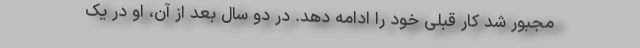
مجبور شد کار قبلی خود را ادامه دهد. در دو سال بعد از آن، او در یک